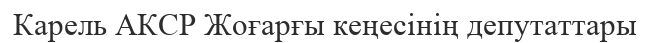
Карель АКСР Жоғарғы кеңесінің депутаттары